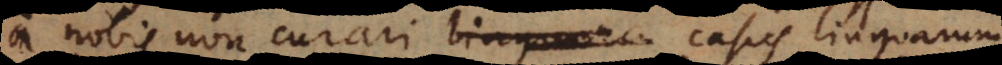
a nobis non curari casus linguarum